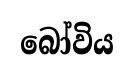
බෝවිය